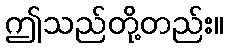
ဤသည်တို့တည်း။